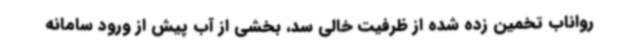
رواناب تخمین زده شده از ظرفیت خالی سد، بخشی از آب پیش از ورود سامانه